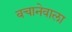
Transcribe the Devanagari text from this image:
बचानेवाला